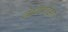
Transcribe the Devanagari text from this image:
ब्रेविकौडा